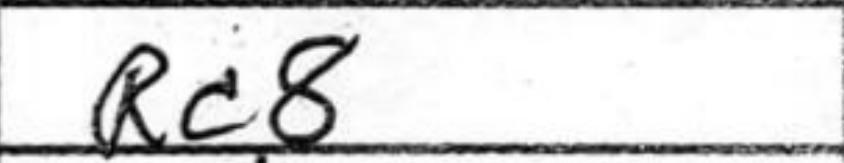
Transcription: Rc8